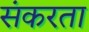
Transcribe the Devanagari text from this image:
संकरता